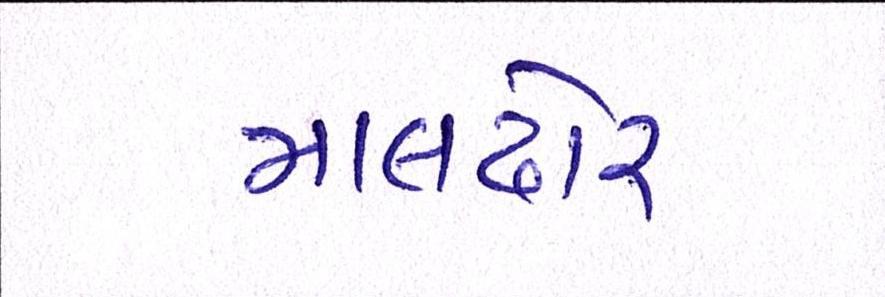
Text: માલઢોર